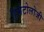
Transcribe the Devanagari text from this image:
हिमेटोलोजी